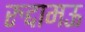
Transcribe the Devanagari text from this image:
रुद्दामऊ